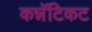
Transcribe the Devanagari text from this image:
कन्नॅटिकट